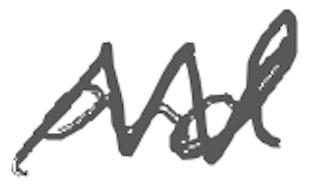
Text: and
Cross-out: zig-zag
Writing tool: digital_gray